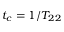
t _ { c } = 1 / T _ { 2 2 }